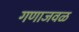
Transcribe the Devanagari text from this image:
गणाजवळ